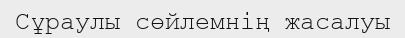
Сұраулы сөйлемнің жасалуы